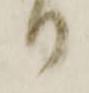
り